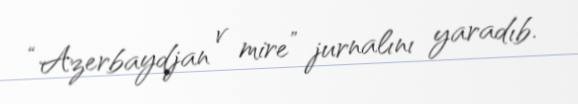
“Azerbaydjan v mire” jurnalını yaradıb.